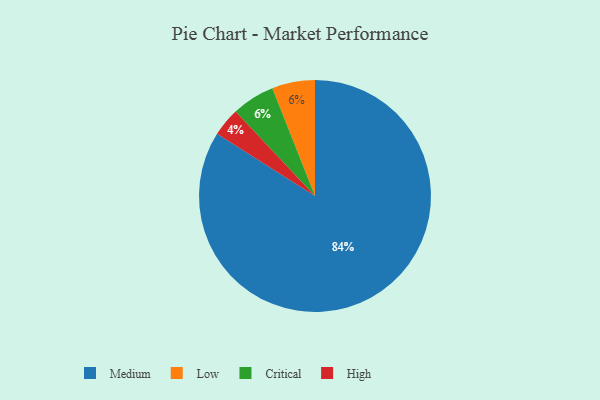
{"axis": {"x": "Category", "y": "Percentage"}, "legend": ["Critical", "High", "Low", "Medium"], "data": [{"x": "Low", "y": 6, "type": "Low"}, {"x": "Critical", "y": 6, "type": "Critical"}, {"x": "Medium", "y": 84, "type": "Medium"}, {"x": "High", "y": 4, "type": "High"}]}